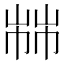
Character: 𢃷